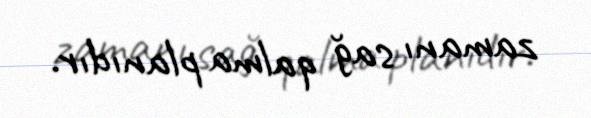
zamanı sağ qalma planıdır.